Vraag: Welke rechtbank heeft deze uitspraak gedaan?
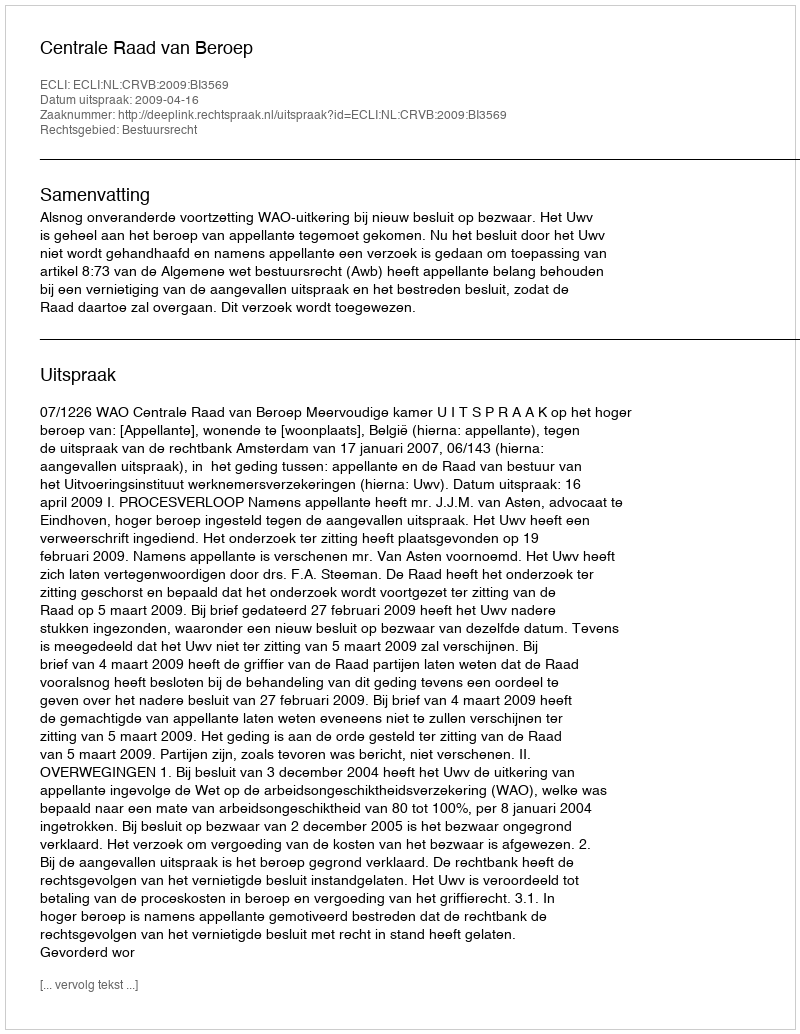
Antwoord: Centrale Raad van Beroep